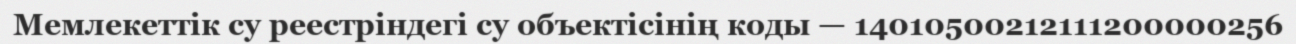
Мемлекеттік су реестріндегі су объектісінің коды — 14010500212111200000256